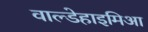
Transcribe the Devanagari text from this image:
वाल्डेहाइमिआ